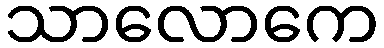
သာလောကေ